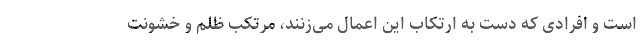
است و افرادی که دست به ارتکاب این اعمال می‌زنند، مرتکب ظلم و خشونت